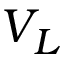
V _ { L }